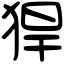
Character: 猂